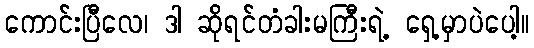
ကောင်းပြီလေ၊ ဒါ ဆိုရင်တံခါးမကြီးရဲ့ ရှေ့မှာပဲပေါ့။